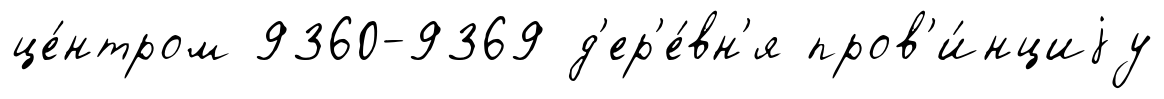
це́нтром 9360-9369 д'ер'е́вн'я пров'и́нциjу